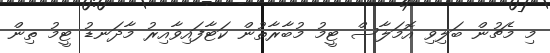
މި މެޗުން ބަލިވި އޮމަލާސް ޓީމު މުބާރާތުން ކަޓާފައިވާއިރު މާދަނޑު ޓީމު ތިން